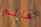
حالم